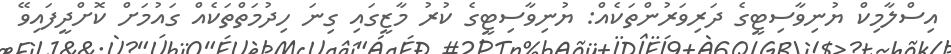
އިސްލާމިކް ޔުނިވާސިޓީގެ ދަރިވަރުންތަކެއް: ޔުނިވާސިޓީގެ ކުރު މާޒީގައި ގިނަ ހިދުމަތްތަކެއް ގައުމަށް ކޮށްދީފައިވޭ